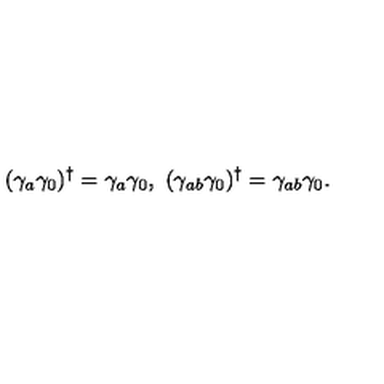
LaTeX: ( \gamma _ { a } \gamma _ { 0 } ) ^ { \dagger } = \gamma _ { a } \gamma _ { 0 } , \ ( \gamma _ { a b } \gamma _ { 0 } ) ^ { \dagger } = \gamma _ { a b } \gamma _ { 0 } .